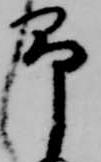
予